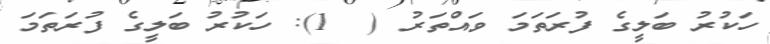
ހަކުރު ބަލީގެ ފުރަތަމަ ވައްތަރު (  1): ހަކުރު ބަލީގެ ފުރަތަމަ